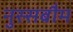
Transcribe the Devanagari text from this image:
नुस्सबौम